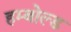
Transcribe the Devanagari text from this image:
हम्बोल्ड